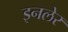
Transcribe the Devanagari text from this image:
इनलेर